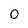
Character: 0